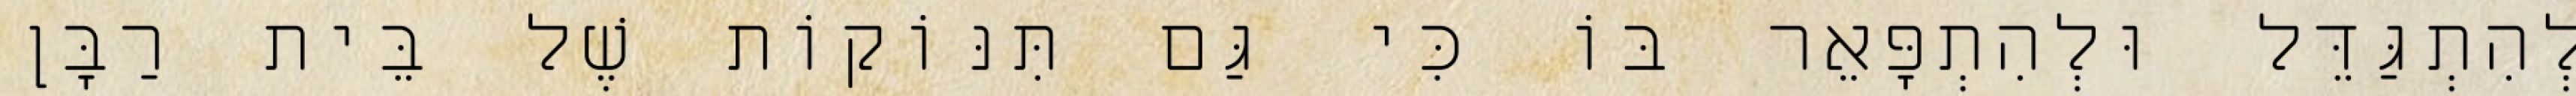
לְהִתְגַּדֵּל וּלְהִתְפָּאֵר בּוֹ כִּי גַּם תִּנּוֹקוֹת שֶׁל בֵּית רַבָּן